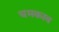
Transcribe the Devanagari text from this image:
चमकाव